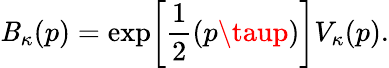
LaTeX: \mathit{B}_{\kappa}(p)=\exp\biggl[\frac{{1}}{{2}}(p\taup)\biggr]V_{\kappa}(p).